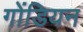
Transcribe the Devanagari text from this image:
गोंडियन